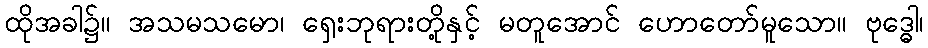
ထိုအခါ၌။ အသမသမော၊ ရှေးဘုရားတို့နှင့် မတူအောင် ဟောတော်မူသော။ ဗုဒ္ဓေါ၊